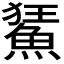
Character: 𩷬